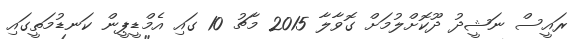
ރައީސް ނަޝީދު ދޫކޮށްލުމަށް ގޮވާލާ 2015 މާޗު 10 ގައި އެމްޑީޕީން ކަނޑުމަތީގައި